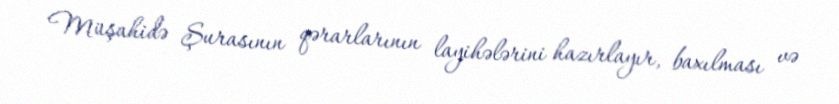
Müşahidə Şurasının qərarlarının layihələrini hazırlayır, baxılması və